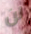
لن